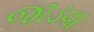
જાડવા